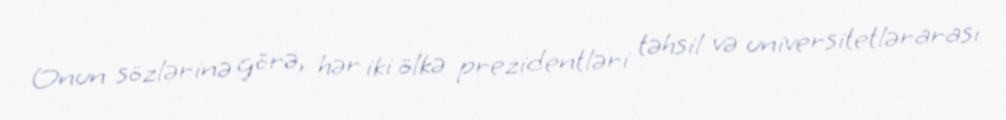
Onun sözlərinə görə, hər iki ölkə prezidentləri təhsil və universitetlərarası